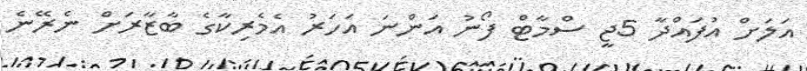
އަލަށް އުފައްދާ 5ޖީ ސްމާޓް ފޯނު އަންނަ އަހަރު އެމެރިކާގެ ބާޒާރަށް ނެރޭނެ